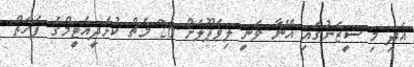
އަދި މި ސީޒަނުގައި އޭނާ ވަނީ ލިވަޕޫލަށް 26 މެޗް ކުޅެދީއެޓީމްގެ ފަހަތް